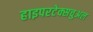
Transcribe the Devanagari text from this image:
हाइपरटेक्सचुअल